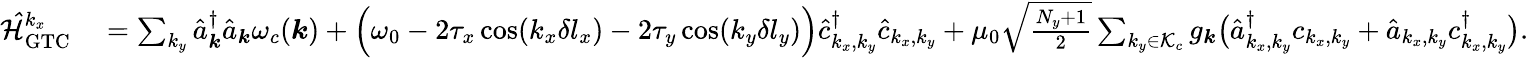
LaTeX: \begin{array}{rl}{\mathcal{\hat{H}}_{\mathrm{GTC}}^{k_{x}}}&{{}=\sum_{k_{y}}\hat{a}_{\boldsymbol k}^{\dagger}\hat{a}_{\boldsymbol k}\omega_{c}({\boldsymbol k})+\Big(\omega_{0}-2\tau_{x}\cos(k_{x}\delta l_{x})-2\tau_{y}\cos(k_{y}\delta l_{y})\Big)\hat{c}_{k_{x},k_{y}}^{\dagger}\hat{c}_{k_{x},k_{y}}+\mu_{0}\sqrt{\frac{N_{y}+1}{2}}\sum_{k_{y}\in\mathcal{K}_{c}}{g_{\boldsymbol k}}\big(\hat{a}_{k_{x},k_{y}}^{\dagger}c_{k_{x},k_{y}}+\hat{a}_{{k_{x},k_{y}}}c_{k_{x},k_{y}}^{\dagger}\big).}\end{array}